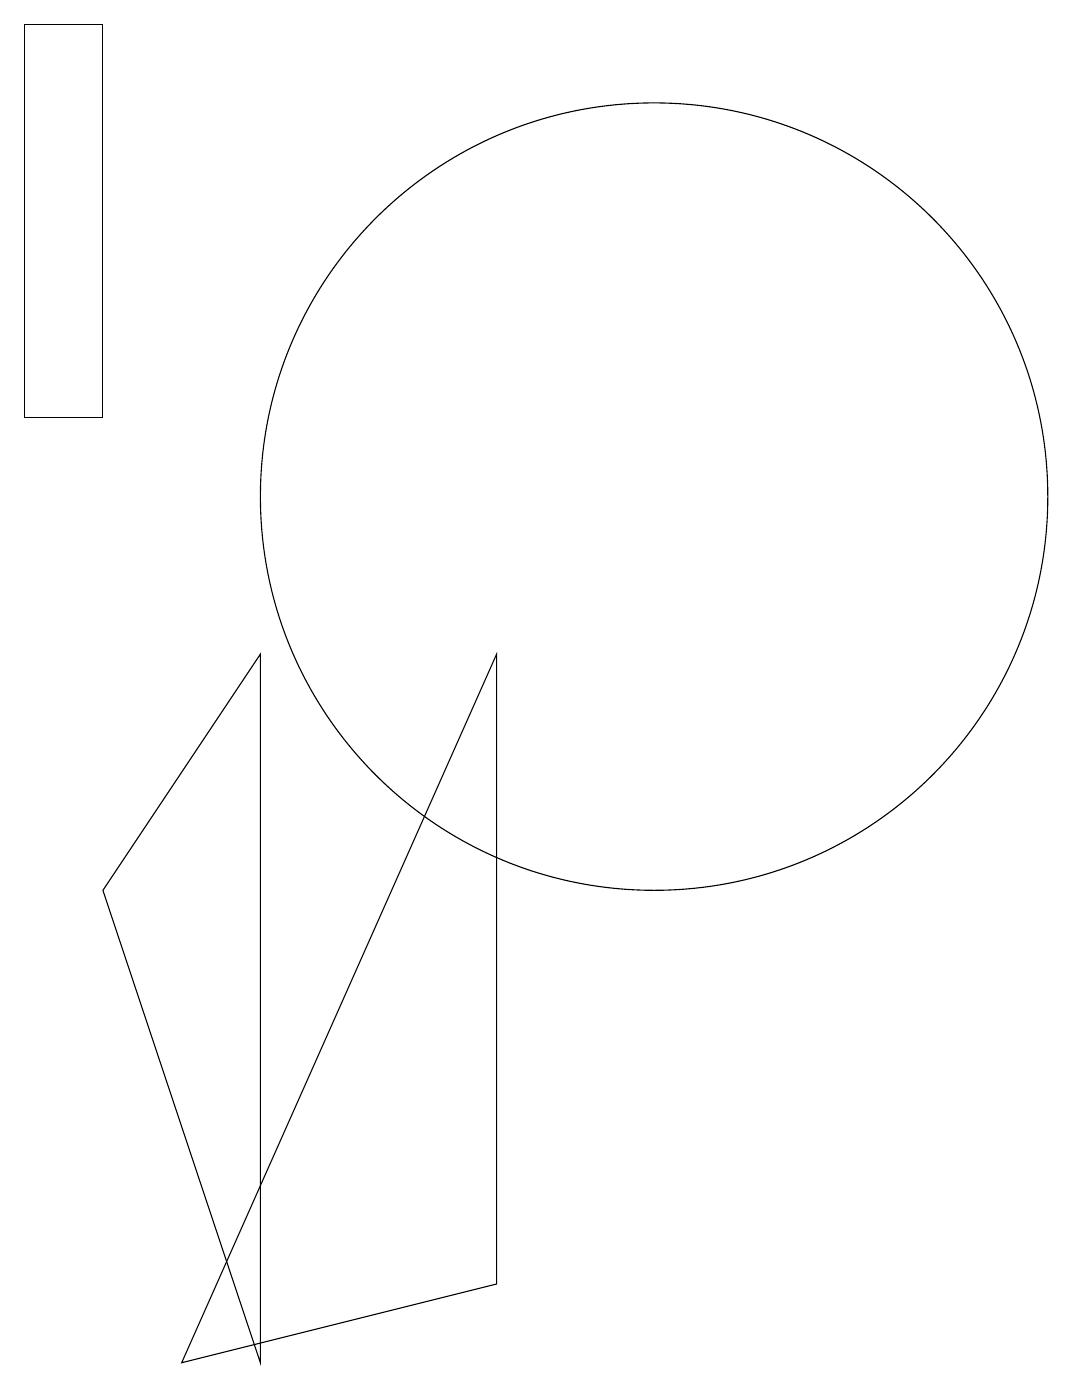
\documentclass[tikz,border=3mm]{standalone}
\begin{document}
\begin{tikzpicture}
\draw (3,17) rectangle (2,12);
\draw (5,0) -- (3,6) -- (5,9) -- cycle;
\draw (10,11) circle (5);
\draw (8,9) -- (4,0) -- (8,1) -- cycle;
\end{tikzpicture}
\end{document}